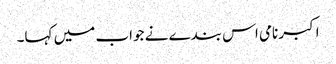
اکبر نامی اس بندے نے جواب میں کہا۔